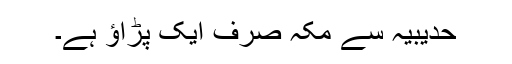
حدیبیہ سے مکہ صرف ایک پڑاؤ ہے۔